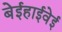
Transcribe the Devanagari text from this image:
बेईहाईवेई